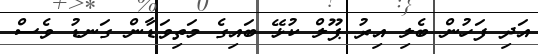
އަދި ފަހުން ބެލި އިރު ޕޫލް ކުޅޭ ބައިގެ މަތިވަޑާން ގަނޑު ވެސް